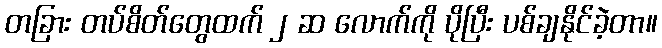
တခြား တပ်စိတ်တွေထက် ၂ ဆ လောက်ကို ပိုပြီး ပစ်ချနိုင်ခဲ့တာ။